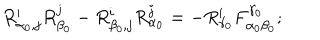
R _ { \alpha _ { 0 } , j } ^ { i } R _ { \beta _ { 0 } } ^ { j } - R _ { \beta _ { 0 } , j } ^ { i } R _ { \alpha _ { 0 } } ^ { j } = - R _ { \gamma _ { 0 } } ^ { i } F _ { \alpha _ { 0 } \beta _ { 0 } } ^ { \gamma _ { 0 } } ;